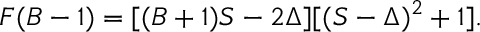
F ( B - 1 ) = [ ( B + 1 ) S - 2 \Delta ] [ ( S - \Delta ) ^ { 2 } + 1 ] .